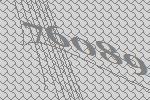
76089